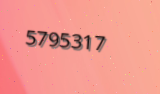
5795317